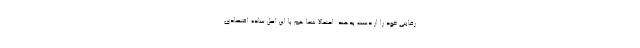
رقابتی خود را از دست بدهند. احتمالا شما هم با این اصل ساده اقتصادی